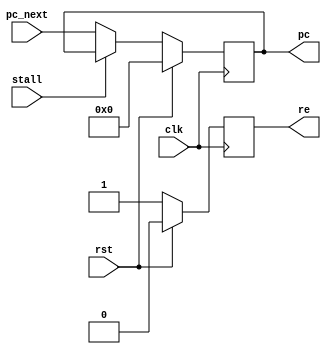
/**
 * Registers of Instruction Fetch Stage
 * @author Zengkai Jiang
 * @date 2018.10.04
 */


module IF_reg(
    // clock and reset
    input clk, input rst, input stall,
    // program counter
    input [31:0] pc_next, output reg [31:0] pc, output reg re
    );


    // read enable
    always @ (posedge clk) begin
        if (rst)
            re <= 0;
        else
            re <= 1;
    end


    // program counter
    always @ (posedge clk) begin
        if (rst)
            pc <= 32'h0;
        else if (~stall)
            pc <= pc_next;
    end


endmodule